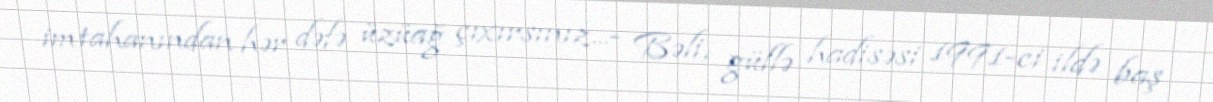
imtahanından hər dəfə üzüağ çıxırsınız...- Bəli, güllə hadisəsi 1991-ci ildə baş